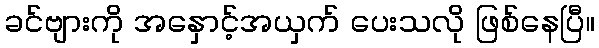
ခင်ဗျားကို အနှောင့်အယှက် ပေးသလို ဖြစ်နေပြီ။